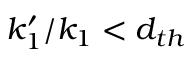
k _ { 1 } ^ { \prime } / k _ { 1 } < d _ { t h }